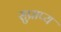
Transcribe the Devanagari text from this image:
सुप्राप्य